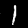
Digit: 1